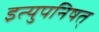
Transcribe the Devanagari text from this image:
इत्युपनिषत्‌